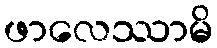
ဖာလေဿာမိ